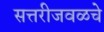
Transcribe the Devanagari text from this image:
सत्तरीजवळचे